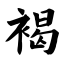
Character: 褐